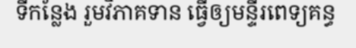
ទីកន្លែង រួមវិភាគទាន ធ្វើឲ្យមន្ទីរពេទ្យគន្ធ